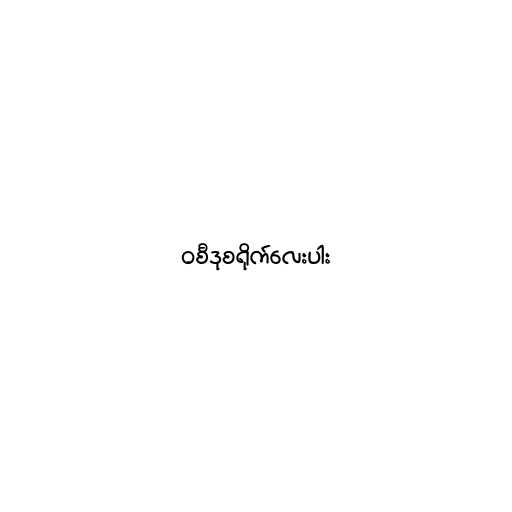
၀စီဒုစရိုက်လေးပါး